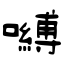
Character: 嚩